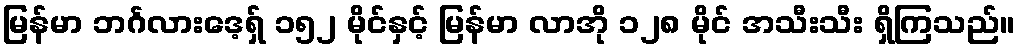
မြန်မာ ဘင်္ဂလားဒေ့ရှ် ၁၅၂ မိုင်နှင့် မြန်မာ လာအို ၁၂၈ မိုင် အသီးသီး ရှိကြသည်။